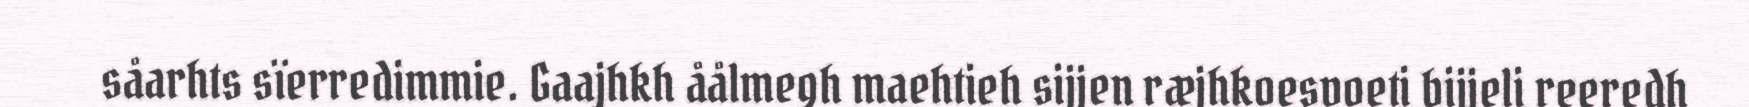
såarhts sïerredimmie. Gaajhkh åålmegh maehtieh sijjen ræjhkoesvoeti bijjeli reeredh